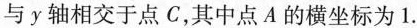
与y轴相交于点C，其中点A的横坐标为1.